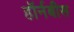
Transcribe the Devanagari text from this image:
हॉर्नबीस